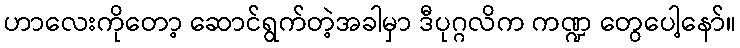
ဟာလေးကိုတော့ ဆောင်ရွက်တဲ့အခါမှာ ဒီပုဂ္ဂလိက ကဏ္ဍ တွေပေါ့နော်။